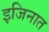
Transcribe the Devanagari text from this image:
इजिनात